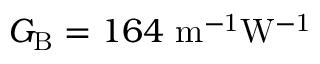
G _ { \mathrm { B } } = 1 6 4 ~ \mathrm { { m ^ { - 1 } W ^ { - 1 } } }